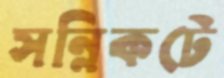
সন্নিকটে